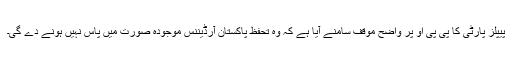
پیپلز پارٹی کا پی پی او پر واضح موقف سامنے آیا ہے کہ وہ تحفظ پاکستان آرڈیننس موجودہ صورت میں پاس نہیں ہونے دے گی۔